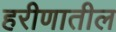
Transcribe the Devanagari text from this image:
हरीणातील